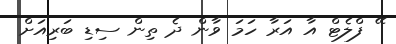
ޭ ފްލެޓް އާ އަރާ ހަމަ ވާން ދެ ތިން ސިޑި ބަރިއަށް